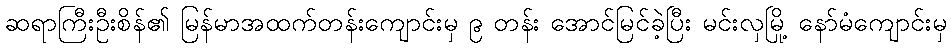
ဆရာကြီးဦးစိန်၏ မြန်မာအထက်တန်းကျောင်းမှ ၉ တန်း အောင်မြင်ခဲ့ပြီး မင်းလှမြို့ နော်မံကျောင်းမှ